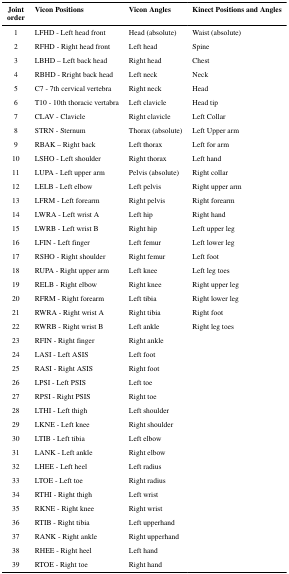
| Jointorder | Vicon Positions | Vicon Angles | Kinect Positions and Angles |
 | --- | --- | --- | --- |
 | 1 | LFHD - Left head front | Head (absolute) | Waist (absolute) |
 | 2 | RFHD - Right head front | Left head | Spine |
 | 3 | LBHD – Left back head | Right head | Chest |
 | 4 | RBHD - Rright back head | Left neck | Neck |
 | 5 | C7 - 7th cervical vertebra | Right neck | Head |
 | 6 | T10 - 10th thoracic vertabra | Left clavicle | Head tip |
 | 7 | CLAV - Clavicle | Right clavicle | Left Collar |
 | 8 | STRN - Sternum | Thorax (absolute) | Left Upper arm |
 | 9 | RBAK – Right back | Left thorax | Left for arm |
 | 10 | LSHO - Left shoulder | Right thorax | Left hand |
 | 11 | LUPA - Left upper arm | Pelvis (absolute) | Right collar |
 | 12 | LELB - Left elbow | Left pelvis | Right upper arm |
 | 13 | LFRM - Left forearm | Right pelvis | Right forearm |
 | 14 | LWRA - Left wrist A | Left hip | Right hand |
 | 15 | LWRB - Left wrist B | Right hip | Left upper leg |
 | 16 | LFIN - Left finger | Left femur | Left lower leg |
 | 17 | RSHO - Right shoulder | Right femur | Left foot |
 | 18 | RUPA - Right upper arm | Left knee | Left leg toes |
 | 19 | RELB - Right elbow | Right knee | Right upper leg |
 | 20 | RFRM - Right forearm | Left tibia | Right lower leg |
 | 21 | RWRA - Right wrist A | Right tibia | Right foot |
 | 22 | RWRB - Right wrist B | Left ankle | Right leg toes |
 | 23 | RFIN - Right finger | Right ankle |  |
 | 24 | LASI - Left ASIS | Left foot |  |
 | 25 | RASI - Right ASIS | Right foot |  |
 | 26 | LPSI - Left PSIS | Left toe |  |
 | 27 | RPSI - Right PSIS | Right toe |  |
 | 28 | LTHI - Left thigh | Left shoulder |  |
 | 29 | LKNE - Left knee | Right shoulder |  |
 | 30 | LTIB - Left tibia | Left elbow |  |
 | 31 | LANK - Left ankle | Right elbow |  |
 | 32 | LHEE - Left heel | Left radius |  |
 | 33 | LTOE - Left toe | Right radius |  |
 | 34 | RTHI - Right thigh | Left wrist |  |
 | 35 | RKNE - Right knee | Right wrist |  |
 | 36 | RTIB - Right tibia | Left upperhand |  |
 | 37 | RANK - Right ankle | Right upperhand |  |
 | 38 | RHEE - Right heel | Left hand |  |
 | 39 | RTOE - Right toe | Right hand |  |